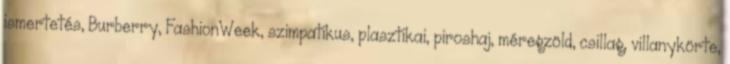
ismertetés, Burberry, FashionWeek, szimpatikus, plasztikai, piroshaj, méregzöld, csillag, villanykörte,